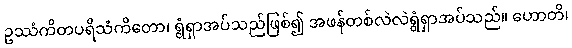
ဥဿံကိတပရိသံကိတော၊ ရွံရှာအပ်သည်ဖြစ်၍ အဖန်တစ်လဲလဲရွံရှာအပ်သည်။ ဟောတိ၊